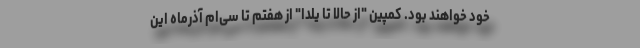
خود خواهند بود. کمپین "از حالا تا یلدا" از هفتم تا سی‌ام آذرماه این